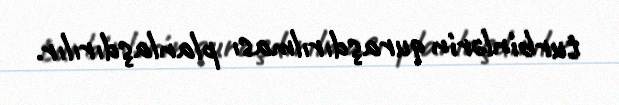
turbinlərin quraşdırılması planlaşdırılır.